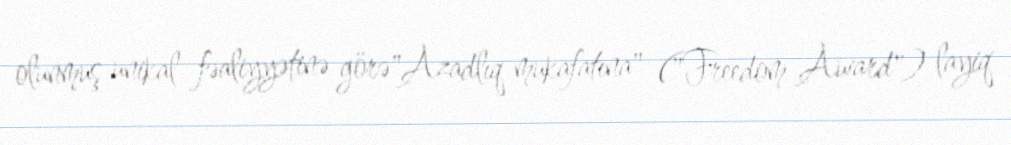
olunmuş unikal fəaliyyətinə görə"Azadlıq mukafatına" ("Freedom Award") layiq